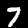
Label: 7